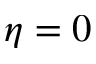
\eta = 0